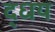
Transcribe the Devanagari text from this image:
द्धय